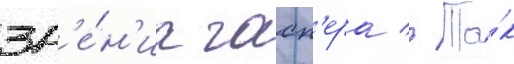
зр'е́н'иа гасп'ера // Та́к